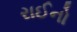
રાઈનો